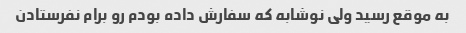
به موقع رسید ولی نوشابه که سفارش داده بودم رو برام نفرستادن